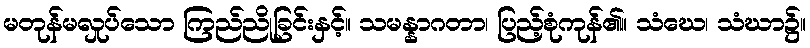
မတုန်မလှုပ်သော ကြည်ညိုခြင်းနှင့်။ သမန္နာဂတာ၊ ပြည့်စုံကုန်၏။ သံဃေ၊ သံဃာ၌။